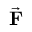
\vec { \mathbf { F } }